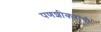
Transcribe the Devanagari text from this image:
पणशीकरांची